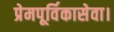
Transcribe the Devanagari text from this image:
प्रेमपूर्विकासेवा।